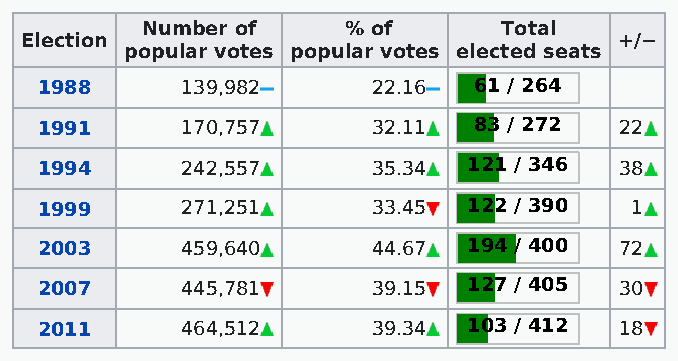
Number of     % of      Total
 Election                                +/−
 popular votes popular votes elected seats
 1988      139,982      22.16 61 / 264
 1991      170,757      32.11 83 / 272  22
 1994      242,557      35.34 121 / 346 38
 1999      271,251      33.45 122 / 390  1
 2003      459,640      44.67 194 / 400 72
 2007      445,781      39.15 127 / 405 30
 2011      464,512      39.34 103 / 412 18